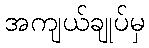
အကျယ်ချုပ်မှ